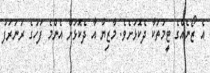
އެ ޒޯނެއްގެ ޓީމުތަކާ ދެކޮޅަށެވެ. މާޒިޔާ އާ ދެކޮޅަށް އެންމެ ފަހުގެ ރަނަރަފު